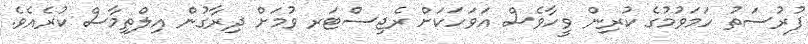
ފުރުސަތު ހަމަވުމުގެ ކުރިން ވީހާވެސް އަވަހަކަށް ރެޖިސްޓަރ ވުމަށް ދިރާގުން އިލްތިމާސް ކުރެއެވެ.